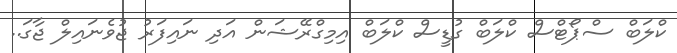
ކްލަބް ސްޕޯޓްސް ކްލަބް ގުޑީސް ކްލަބް އިމިގްރޭޝަން އަދި ނައިފަރު ޖުވެނައިލް ޖާގަ..